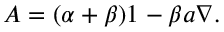
A = ( \alpha + \beta ) 1 _ { } - \beta a \nabla .